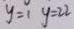
y = 1 y = 2 2